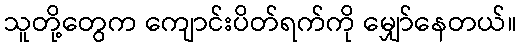
သူတို့တွေက ကျောင်းပိတ်ရက်ကို မျှော်နေတယ်။